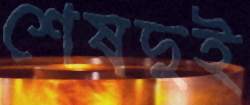
শেষদুই